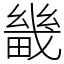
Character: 畿